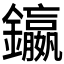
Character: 𨯤